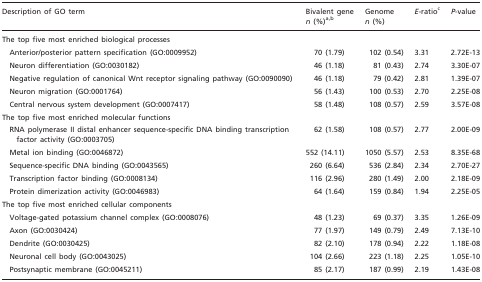
<table><thead><tr><td rowspan="2"><b>Description of GO term</b></td><td><b>Bivalent gene</b></td><td><b>Genome</b></td><td rowspan="2"><b><i>E</i>-ratio<sup>c</sup></b></td><td rowspan="2"><b><i>P</i>-value</b></td></tr><tr><td><b><i>n</i> (%)<sup>a</sup><sup>,</sup><sup>b</sup></b></td><td><b><i>n</i> (%)</b></td></tr></thead><tbody><tr><td colspan="5">The top five most enriched biological processes</td></tr><tr><td>Anterior/posterior pattern specification (GO:0009952)</td><td>70 (1.79)</td><td>102 (0.54)</td><td>3.31</td><td>2.72E-13</td></tr><tr><td>Neuron differentiation (GO:0030182)</td><td>46 (1.18)</td><td>81 (0.43)</td><td>2.74</td><td>3.30E-07</td></tr><tr><td>Negative regulation of canonical Wnt receptor signaling pathway (GO:0090090)</td><td>46 (1.18)</td><td>79 (0.42)</td><td>2.81</td><td>1.39E-07</td></tr><tr><td>Neuron migration (GO:0001764)</td><td>56 (1.43)</td><td>100 (0.53)</td><td>2.70</td><td>2.25E-08</td></tr><tr><td>Central nervous system development (GO:0007417)</td><td>58 (1.48)</td><td>108 (0.57)</td><td>2.59</td><td>3.57E-08</td></tr><tr><td colspan="5">The top five most enriched molecular functions</td></tr><tr><td>RNA polymerase II distal enhancer sequence-specific DNA binding transcription factor activity (GO:0003705)</td><td>62 (1.58)</td><td>108 (0.57)</td><td>2.77</td><td>2.00E-09</td></tr><tr><td>Metal ion binding (GO:0046872)</td><td>552 (14.11)</td><td>1050 (5.57)</td><td>2.53</td><td>8.35E-68</td></tr><tr><td>Sequence-specific DNA binding (GO:0043565)</td><td>260 (6.64)</td><td>536 (2.84)</td><td>2.34</td><td>2.70E-27</td></tr><tr><td>Transcription factor binding (GO:0008134)</td><td>116 (2.96)</td><td>280 (1.49)</td><td>2.00</td><td>2.18E-09</td></tr><tr><td>Protein dimerization activity (GO:0046983)</td><td>64 (1.64)</td><td>159 (0.84)</td><td>1.94</td><td>2.25E-05</td></tr><tr><td colspan="5">The top five most enriched cellular components</td></tr><tr><td>Voltage-gated potassium channel complex (GO:0008076)</td><td>48 (1.23)</td><td>69 (0.37)</td><td>3.35</td><td>1.26E-09</td></tr><tr><td>Axon (GO:0030424)</td><td>77 (1.97)</td><td>149 (0.79)</td><td>2.49</td><td>7.13E-10</td></tr><tr><td>Dendrite (GO:0030425)</td><td>82 (2.10)</td><td>178 (0.94)</td><td>2.22</td><td>1.18E-08</td></tr><tr><td>Neuronal cell body (GO:0043025)</td><td>104 (2.66)</td><td>223 (1.18)</td><td>2.25</td><td>1.05E-10</td></tr><tr><td>Postsynaptic membrane (GO:0045211)</td><td>85 (2.17)</td><td>187 (0.99)</td><td>2.19</td><td>1.43E-08</td></tr></tbody></table>